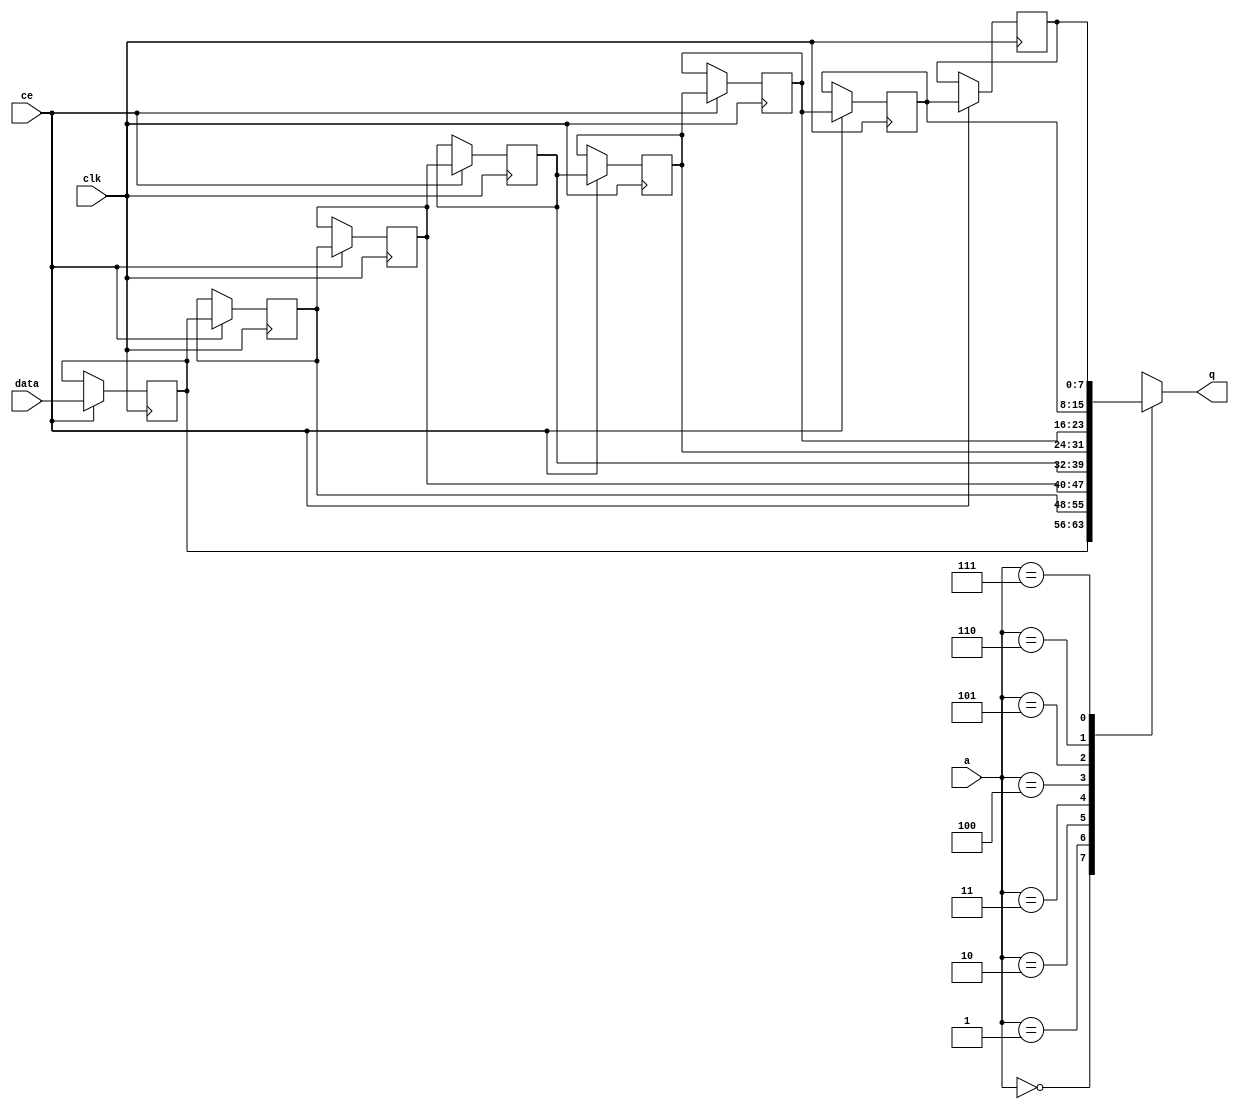
module td_fused_top_fifo_w8_d8_S_x0_shiftReg (
    clk,
    data,
    ce,
    a,
    q);

parameter DATA_WIDTH = 32'd8;
parameter ADDR_WIDTH = 32'd3;
parameter DEPTH = 4'd8;

input clk;
input [DATA_WIDTH-1:0] data;
input ce;
input [ADDR_WIDTH-1:0] a;
output [DATA_WIDTH-1:0] q;

reg[DATA_WIDTH-1:0] sr_0, sr_1, sr_2, sr_3, sr_4, sr_5, sr_6, sr_7;
integer i;

always @ (posedge clk)
    begin
        if (ce)
        begin
            sr_0 <= data;
            sr_1 <= sr_0;
            sr_2 <= sr_1;
            sr_3 <= sr_2;
            sr_4 <= sr_3;
            sr_5 <= sr_4;
            sr_6 <= sr_5;
            sr_7 <= sr_6;


        end
    end

always @( sr_0, sr_1, sr_2, sr_3, sr_4, sr_5, sr_6, sr_7, a) begin
   case (a)
      3'd0: q = sr_0;
      3'd1: q = sr_1;
      3'd2: q = sr_2;
      3'd3: q = sr_3;
      3'd4: q = sr_4;
      3'd5: q = sr_5;
      3'd6: q = sr_6;
      3'd7: q = sr_7;
      default: q = sr_7;
   endcase
end

endmodule